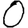
Digit: 0